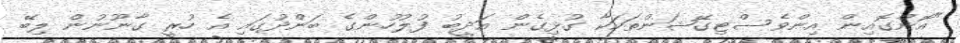
"އޮންގޮއިން އިންވެސްޓިގޭޝަންތަކަކާ ގުޅިގެން އަދީބު ފުލުހުންގެ ބަންދުގައި އެ ހުރީ ގާނޫނުން ލިބޭ